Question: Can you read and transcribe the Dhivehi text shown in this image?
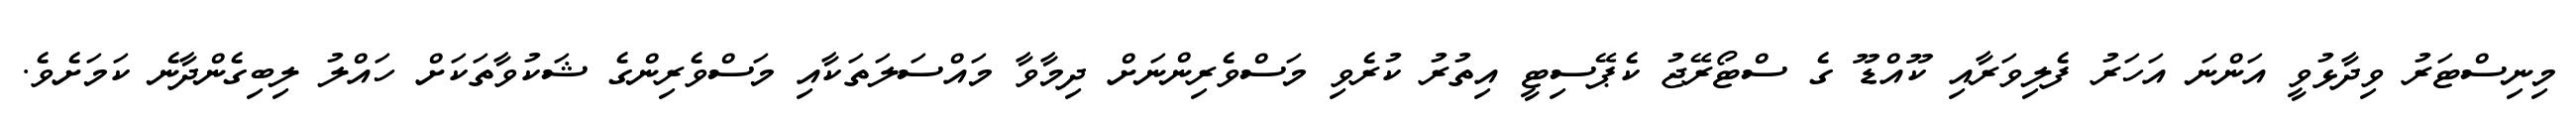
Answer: މިނިސްޓަރު ވިދާޅުވީ އަންނަ އަހަރު ފެލިވަރާއި ކޫއްޑޫ ގެ ސްޓޯރޭޖު ކެޕޭސިޓީ އިތުރު ކުރެވި މަސްވެރިންނަށް ދިމާވާ މައްސަލަތަކާއި މަސްވެރިންގެ ޝަކުވާތަކަށް ހައްލު ލިބިގެންދާނެ ކަމަށެވެ.